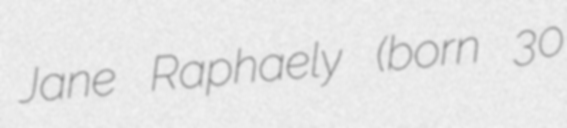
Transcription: Jane Raphaely (born 30